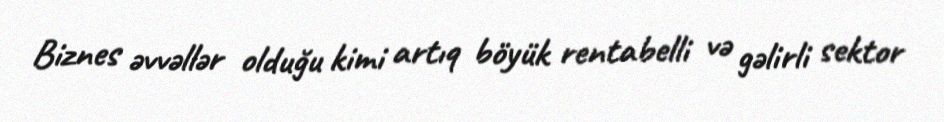
Biznes əvvəllər olduğu kimi artıq böyük rentabelli və gəlirli sektor